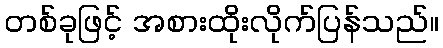
တစ်ခုဖြင့် အစားထိုးလိုက်ပြန်သည်။